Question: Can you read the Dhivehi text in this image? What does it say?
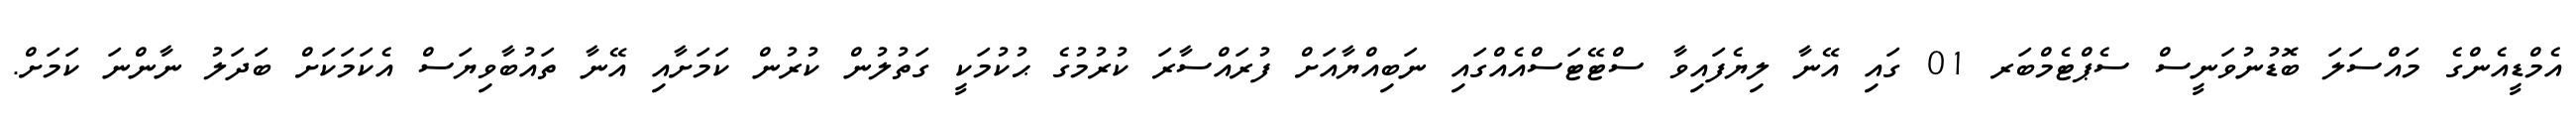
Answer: އެމްޑީއެންގެ މައްސަލަ ބޮޑުނުވަނީސް ސެޕްޓެމްބަރ 01 ގައި އޭނާ ލިޔެފައިވާ ސްޓޭޓަސްއެއްގައި ނަބިއްޔާއަށް ފުރައްސާރަ ކުރުމުގެ ޙުކުމަކީ ގަތުލުން ކުރުން ކަމަށާއި އޭނާ ތައުބާވިޔަސް އެކަމަކަށް ބަދަލު ނާންނަ ކަމަށް.